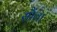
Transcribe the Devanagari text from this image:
सौंवा